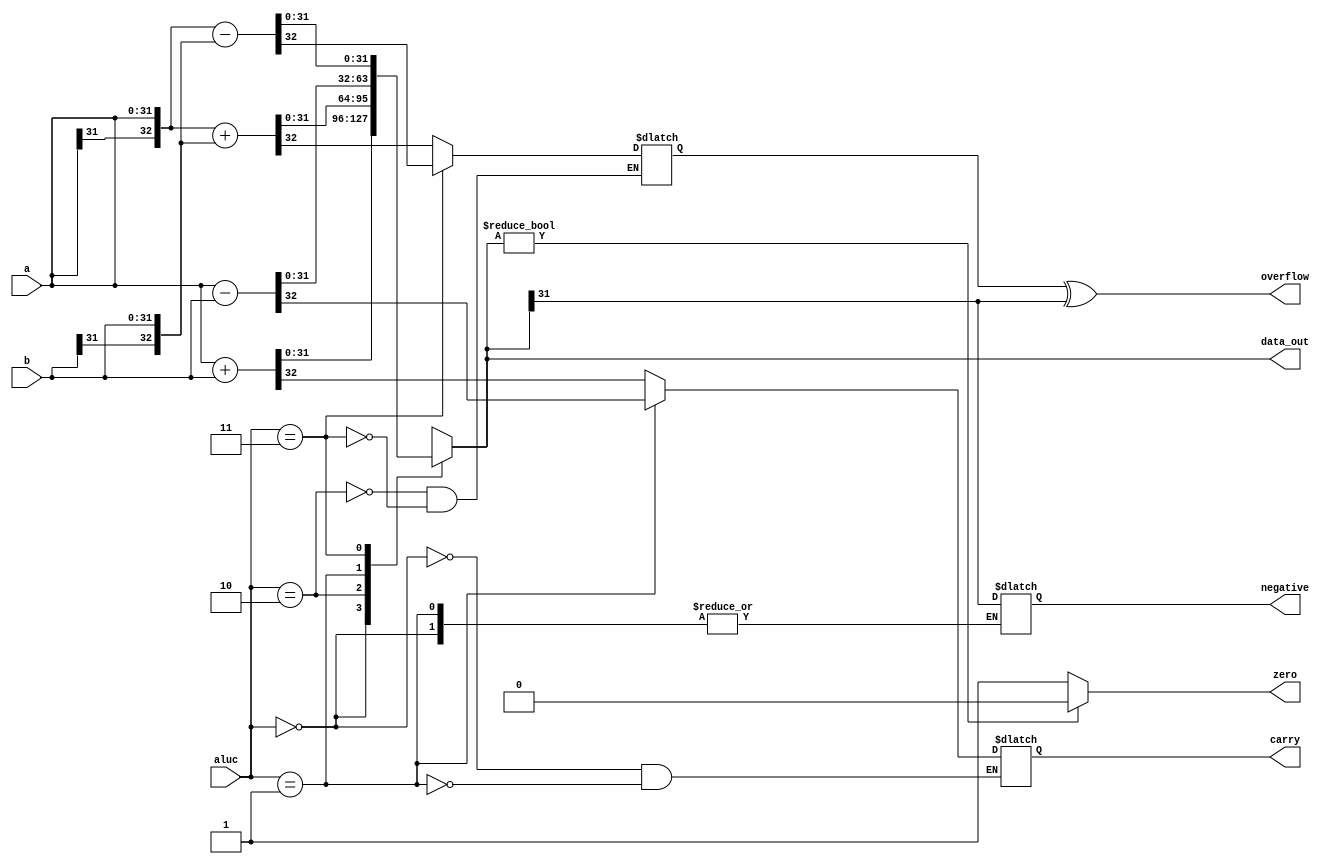
`timescale 1ns / 1ps
// ==============================================================================
// 										  Define Module
// ==============================================================================
module addsub32(
  input         [31:0]  a,
  input         [31:0]  b,
  input         [1:0]   aluc,
  output reg    [31:0]  data_out,
  output reg            carry, negative, // Flag bits maintainance
  output                zero, overflow
  );
// ==============================================================================
// 							  Parameters, Registers, and Wires
// ==============================================================================
    localparam WIDTH = 32;
    localparam MSB   = WIDTH - 1;
    reg        extra;

// ==============================================================================
// 							  		   Implementation
// ==============================================================================
    assign zero = (data_out ? 1'b0 : 1'b1);

    always @(*)
        case (aluc)
            2'b00:       {carry, data_out} <= a + b;
            2'b10: begin {extra, data_out} <= {a[MSB], a} + {b[MSB], b}; negative = data_out[MSB]; end
            2'b01:       {carry, data_out} <= a - b;
            2'b11: begin {extra, data_out} <= {a[MSB], a} - {b[MSB], b}; negative = data_out[MSB]; end
        endcase

    assign overflow = extra ^ data_out[MSB];
endmodule